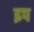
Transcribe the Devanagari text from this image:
इप